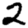
Digit: 2